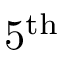
5 ^ { \mathrm { t h } }